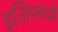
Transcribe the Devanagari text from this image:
इजिप्मध्ये